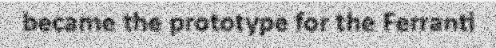
became the prototype for the Ferranti